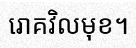
រោគវិលមុខ។